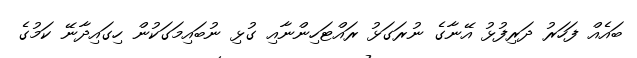
ބައެއް ފަހަރު ދަރިފުޅު އޭނާގެ ނުރަގަޅު ރައްޓަހިންނާއި ގުޅި ނުބައިމަގަކުން ހިގައިދާނޭ ކަމުގެ